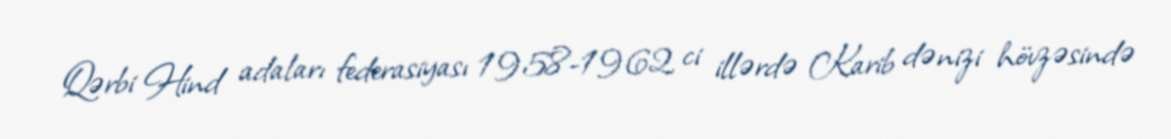
Qərbi Hind adaları federasiyası 1958-1962 ci illərdə Karib dənizi hövzəsində